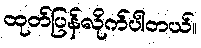
ထုတ်ပြန်လိုက်ပါတယ်။